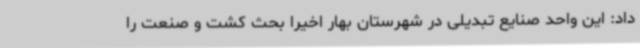
داد: این واحد صنایع تبدیلی در شهرستان بهار اخیراً بحث کشت و صنعت را